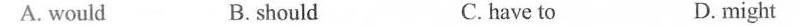
A. would B. should C.have to D. might